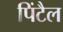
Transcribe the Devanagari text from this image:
पिंटैल